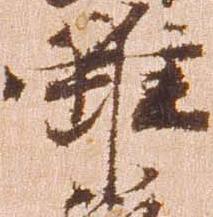
雖